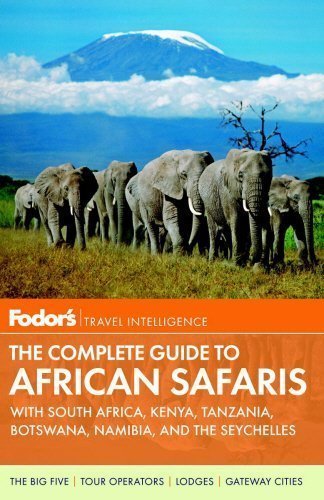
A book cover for Fodor's The Complete Guide to African Safaris: with South Africa, Kenya, Tanzania, Botswana, Namibia, and the Seychelles (Full-color Travel Guide) by Fodor's (2013) Paperback; Travel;